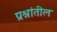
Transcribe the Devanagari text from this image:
प्रश्नांतील